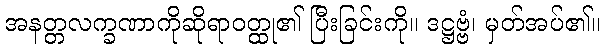
အနတ္တလက္ခဏာကိုဆိုရာဝတ္ထု၏ ပြီးခြင်းကို။ ဒဋ္ဌဗ္ဗံ၊ မှတ်အပ်၏။